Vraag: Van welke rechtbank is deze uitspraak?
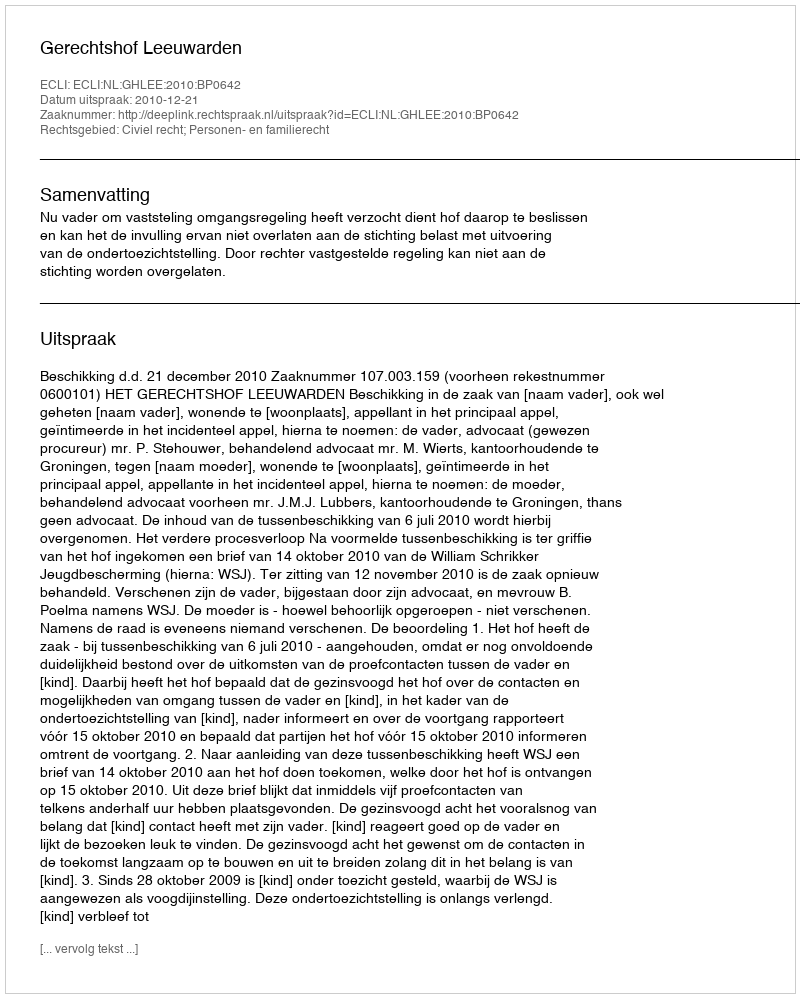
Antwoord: Gerechtshof Leeuwarden